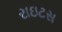
રાઇટસ